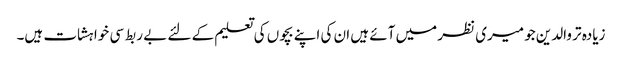
زیادہ تر والدین جو میری نظر میں آئے ہیں ان کی اپنے بچوں کی تعلیم کے لئے بے ربط سی خواہشات ہیں۔